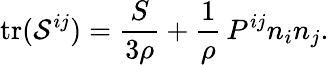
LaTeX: \mathrm{tr}({\cal{S}}^{ij})=\frac{S}{3\rho}+\frac 1\rho\, P^{ij}n_{i}n_{j}.